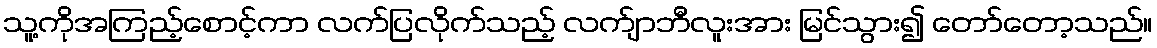
သူ့ကိုအကြည့်စောင့်ကာ လက်ပြလိုက်သည့် လက်ျာဘီလူးအား မြင်သွား၍ တော်တော့သည်။